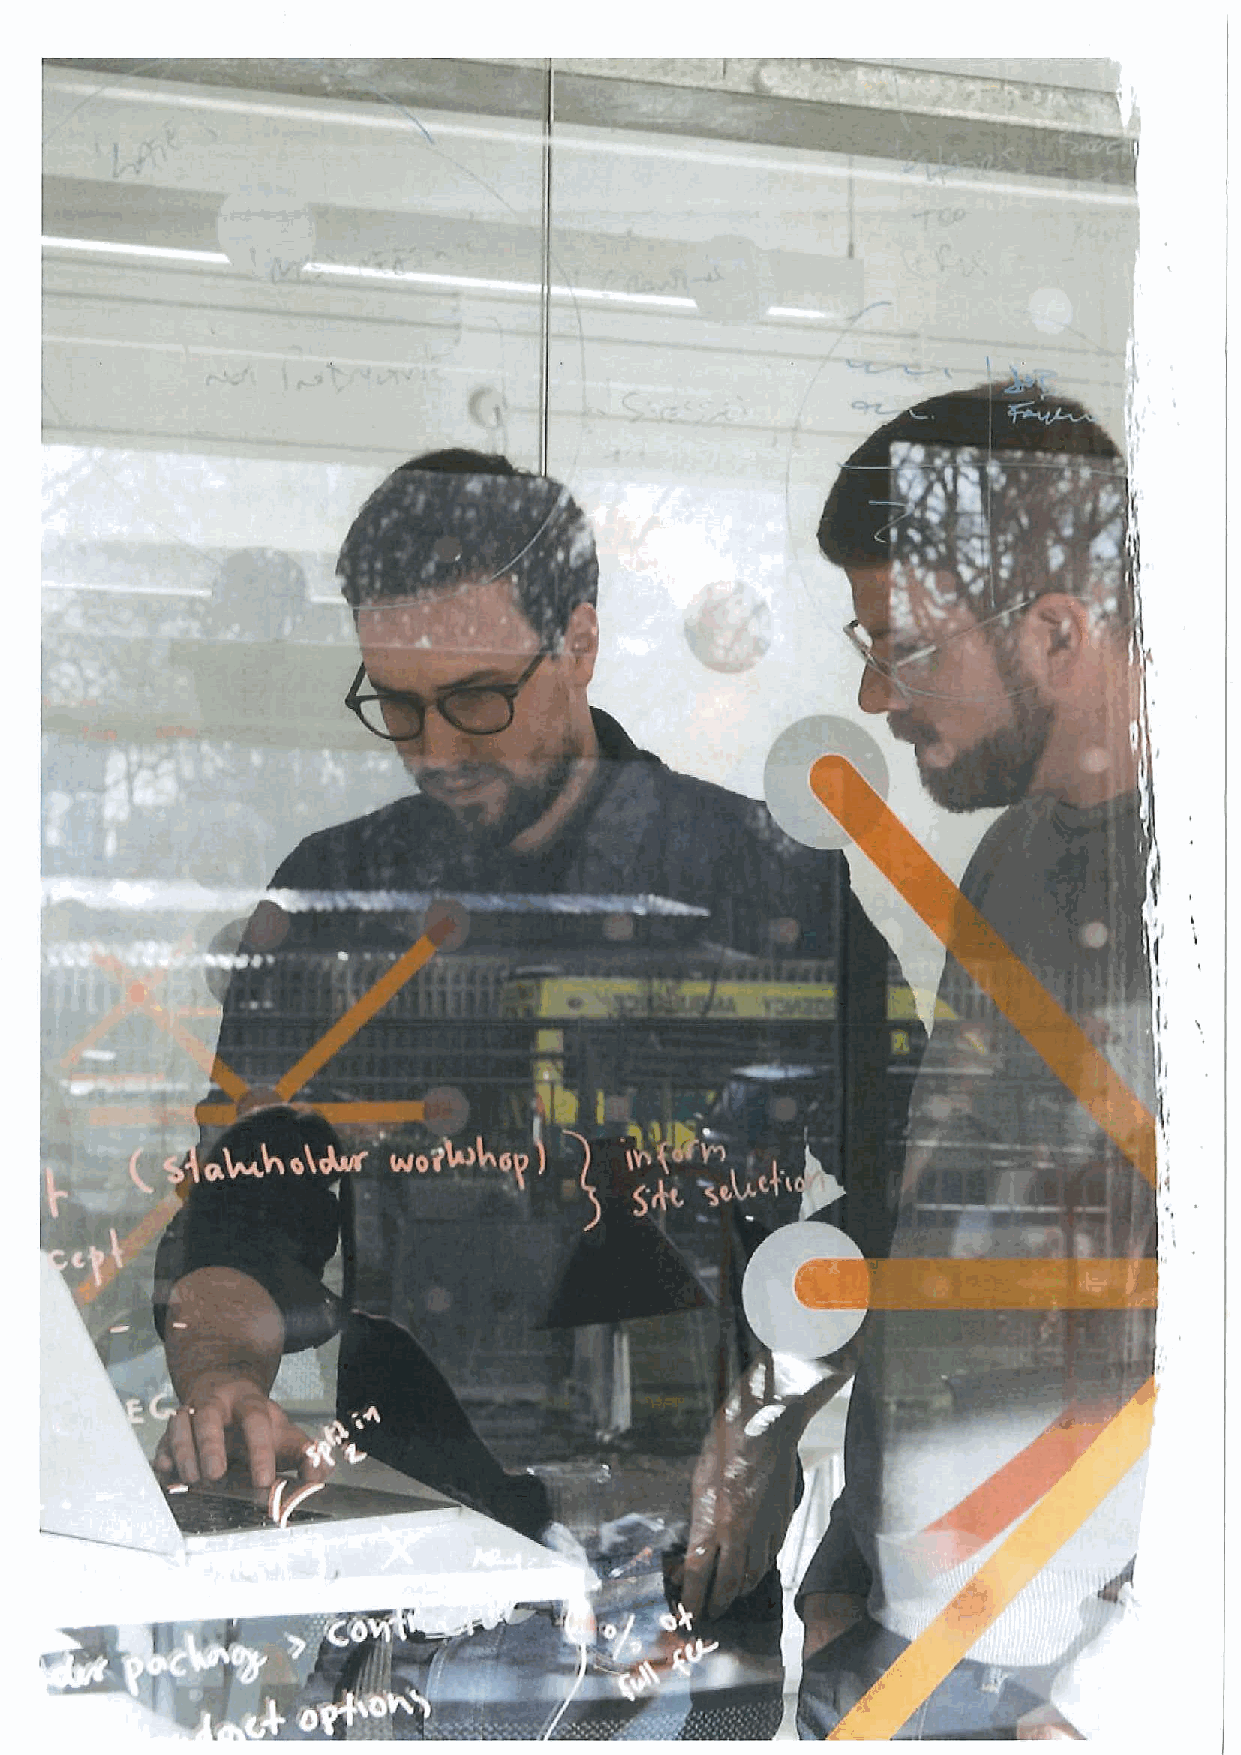
~
 I     '«„',
 .
 I     C
 J
 I.
 I
 4I-5
 ."I
 +
 i
 t
 I
 C
 I ~
 I
 I
 'I
 I~
 a
 I